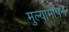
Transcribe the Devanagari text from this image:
मुल्यामापन